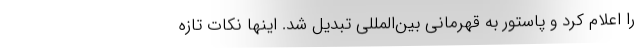
را اعلام کرد و پاستور به قهرمانی بین‌المللی تبدیل شد. اینها نکات تازه